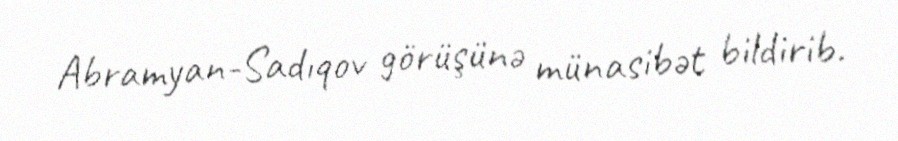
Abramyan-Sadıqov görüşünə münasibət bildirib.